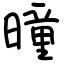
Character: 曈